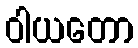
ဝါယတော